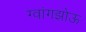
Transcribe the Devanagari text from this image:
ग्वांगझोऊ